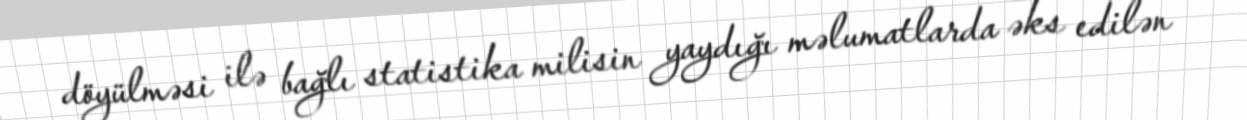
döyülməsi ilə bağlı statistika milisin yaydığı məlumatlarda əks edilən